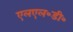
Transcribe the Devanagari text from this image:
एलएल॰डी॰